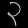
Digit: ၃